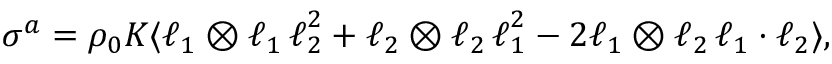
\boldsymbol { \sigma } ^ { a } = \rho _ { 0 } K \langle \boldsymbol { \ell } _ { 1 } \otimes \boldsymbol { \ell } _ { 1 } \, \boldsymbol { \ell } _ { 2 } ^ { 2 } + \boldsymbol { \ell } _ { 2 } \otimes \boldsymbol { \ell } _ { 2 } \, \boldsymbol { \ell } _ { 1 } ^ { 2 } - 2 \boldsymbol { \ell } _ { 1 } \otimes \boldsymbol { \ell } _ { 2 } \, \boldsymbol { \ell } _ { 1 } \cdot \boldsymbol { \ell } _ { 2 } \rangle ,